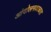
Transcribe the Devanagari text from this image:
आंदोलनकाळात